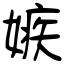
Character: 嫉